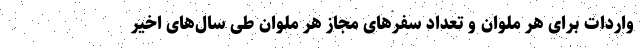
واردات برای هر ملوان و تعداد سفرهای مجاز هر ملوان طی سال‌های اخیر